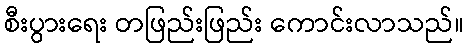
စီးပွားရေး တဖြည်းဖြည်း ကောင်းလာသည်။